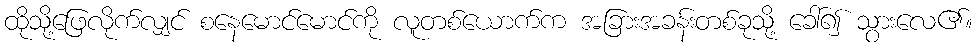
ထိုသို့ဖြေလိုက်လျှင် စနေမောင်မောင်ကို လူတစ်ယောက်က အခြားအခန်းတစ်ခုသို့ ခေါ်၍ သွားလေ၏။